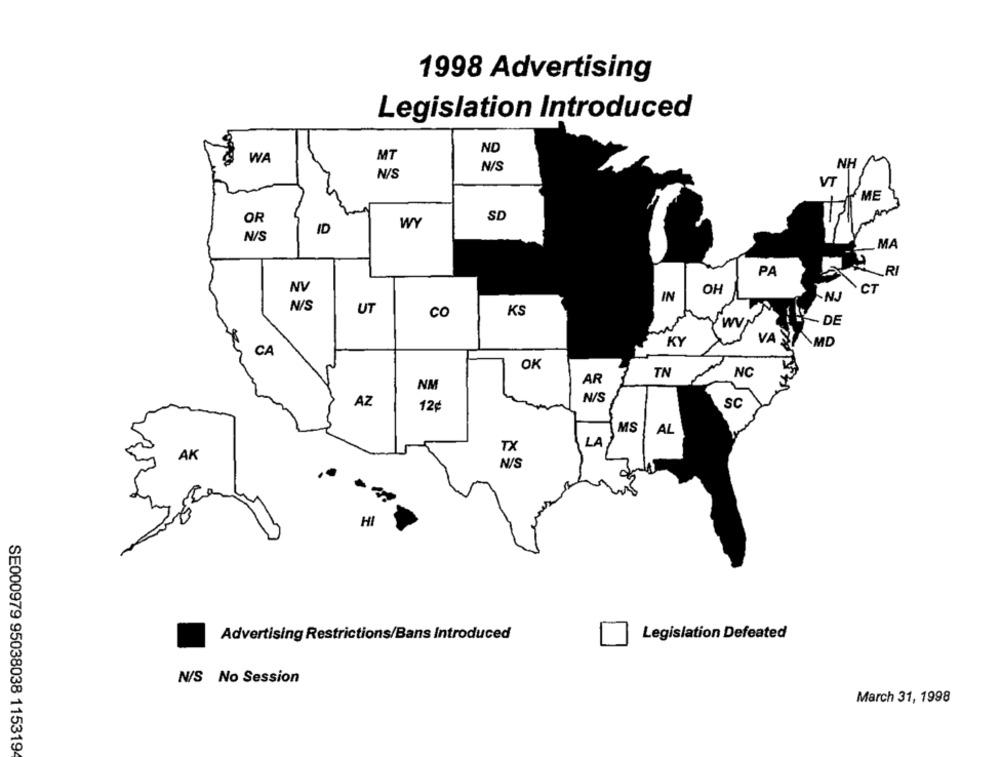
1998 Advertising
Legislation Introduced
ND
WA
MT
N/S
NH
N/S
VT
ME
SD
OR
WY
ID
N/S
MA
PA
RI
OH
CT
IN
-NJ
UT
CO
KS
DE
KY
VAS MD
CA
OK
TN
NC
AR
NM
N/S
AZ
SC
12¢
MS
AL
LA
TX
AK
N/S
HI
Advertising Restrictions/Bans Introduced
Legislation Defeated
N/S No Session
March 31, 1998
SE000979 95038038 115319